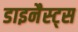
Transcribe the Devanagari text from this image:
डाइनैस्ट्स